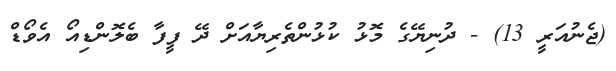
(ޖެނުއަރީ 13) - ދުނިޔޭގެ މޮޅު ކުޅުންތެރިޔާއަށް ދޭ ފީފާ ބެލޮންޑިއޯ އެވޯޑް